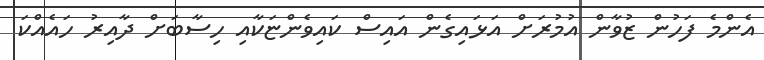
އެންމެ ފަހުން ޒުވާން އުމުރަށް އަޅައިގެން އައިސް ކައިވެންޏަކާއި ހިސާބަަށް ދާއިރު ހައެއްކަ